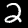
Label: 2